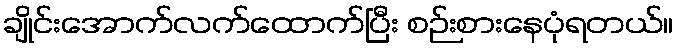
ချိုင်းအောက်လက်ထောက်ပြီး စဉ်းစားနေပုံရတယ်။